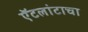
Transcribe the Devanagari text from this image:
ऍटलांटाचा